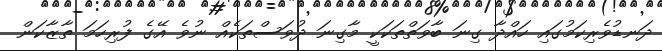
ދަނޑުވެރިކަމުގައި ހައްދާ ގިނަ ބާވަތްތަކަކީ މާގިނަ ދުވަސްތަކެއް ނުވެ އޭގެ ފުރިހަމަ ތާޒާކަން